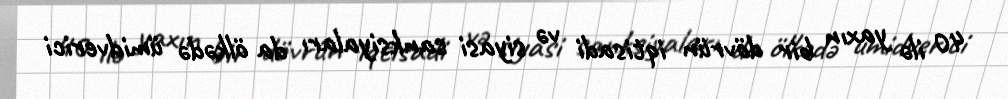
40 ilə yaxın bir dövrün iqtisadi və siyasi sanksiyaları da ölkədə ümidverici